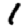
Digit: 1